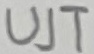
Text: UJT